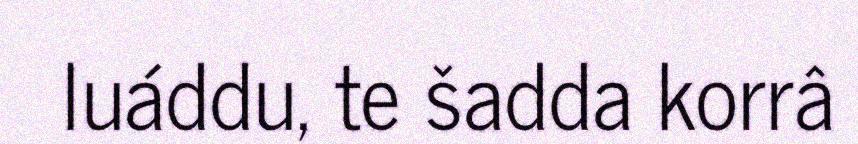
luáddu, te šadda korrâ